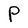
Character: P